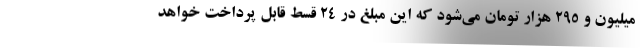
میلیون و ۲۹۵ هزار تومان می‌شود که این مبلغ در ۲۴ قسط قابل پرداخت خواهد